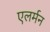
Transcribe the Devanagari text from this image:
एलर्मन